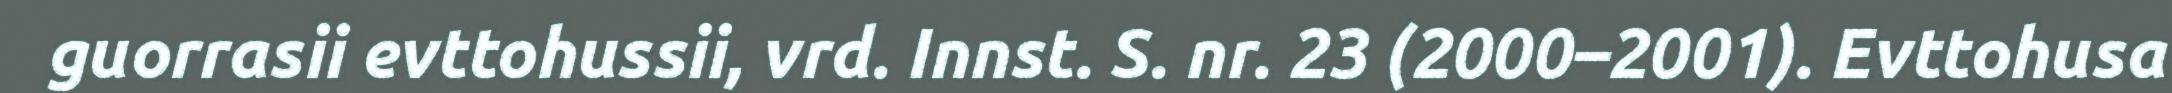
guorrasii evttohussii, vrd. Innst. S. nr. 23 (2000–2001). Evttohusa